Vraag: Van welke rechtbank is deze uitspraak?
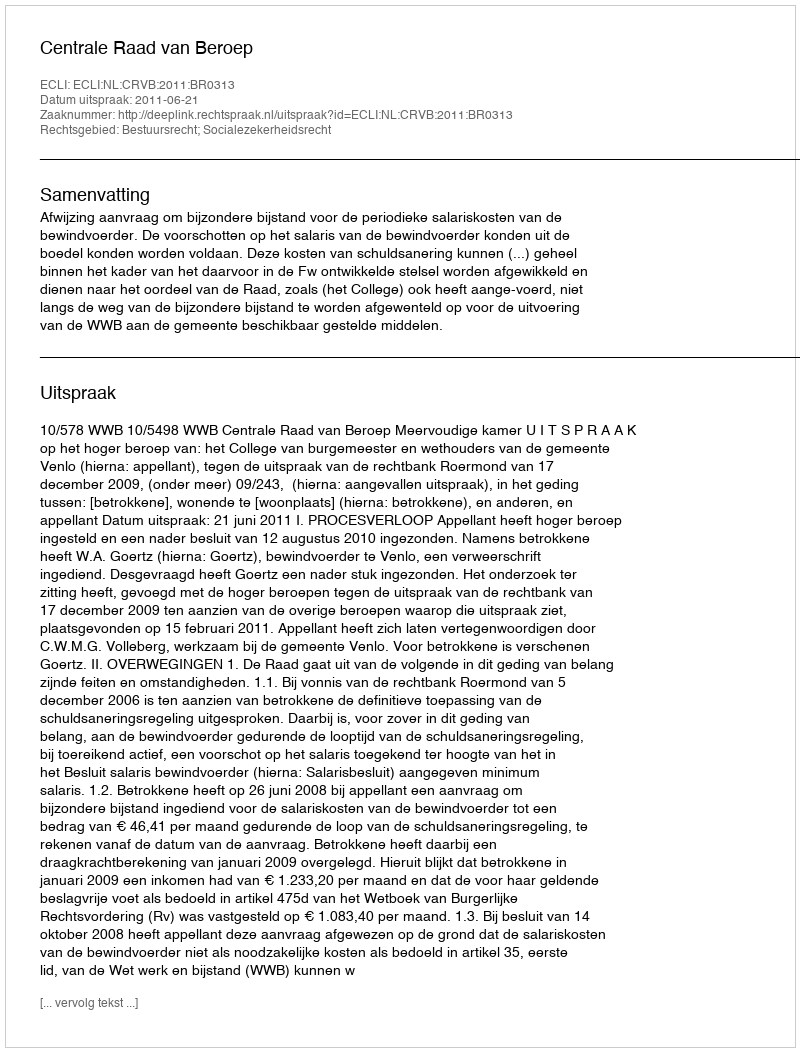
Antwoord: Centrale Raad van Beroep